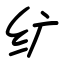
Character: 纩